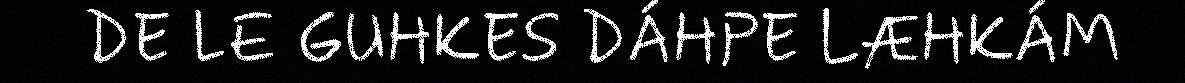
DE LE GUHKES DÁHPE LÆHKÁM